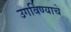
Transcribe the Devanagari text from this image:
उगविण्याचे